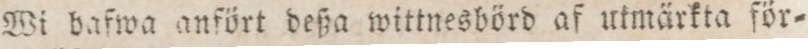
Wi bafwa anfört deßa wittnesbörd af utmärkta för=